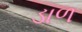
ડાળ